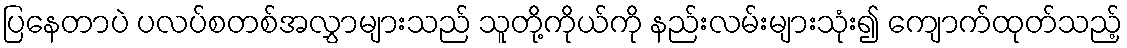
ပြနေတာပဲ ပလပ်စတစ်အလွှာများသည် သူတို့ကိုယ်ကို နည်းလမ်းများသုံး၍ ကျောက်ထုတ်သည့်